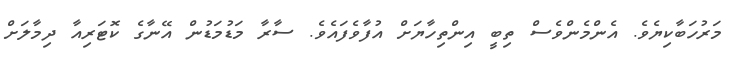
މަރުހަބާކިޔެވެ. އެންމެންވެސް ތިބީ އިންތިހާޔަށް އުފާވެފައެވެ. ސާރާ މަޑުމަޑުން އޭނާގެ ކޮޓަރިއާ ދިމާލަށް